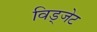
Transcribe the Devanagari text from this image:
विड्जेट